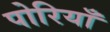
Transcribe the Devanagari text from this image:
पोरियाँ